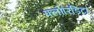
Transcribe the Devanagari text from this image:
फ्लोरिडिटा